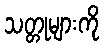
သတ္တုများကို